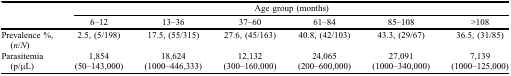
<table><thead><tr><td></td><td colspan="6"><b>Age group (months)</b></td></tr><tr><td></td><td><b>6–12</b></td><td><b>13–36</b></td><td><b>37–60</b></td><td><b>61–84</b></td><td><b>85–108</b></td><td><b>&gt;108</b></td></tr></thead><tbody><tr><td>Prevalence %, (<i>n</i>/<i>N</i>)</td><td>2.5, (5/198)</td><td>17.5, (55/315)</td><td>27.6, (45/163)</td><td>40.8, (42/103)</td><td>43.3, (29/67)</td><td>36.5, (31/85)</td></tr><tr><td>Parasitemia (p/μL)</td><td>1,854 (50–143,000)</td><td>18,624 (1000–446,333)</td><td>12,132 (300–160,000)</td><td>24,065 (200–600,000)</td><td>27,091 (1000–340,000)</td><td>7,139 (1000–125,000)</td></tr></tbody></table>